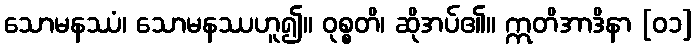
သောမနဿံ၊ သောမနဿဟူ၍။ ဝုစ္စတိ၊ ဆိုအပ်၏။ ဣတိအာဒိနာ [၀၁]